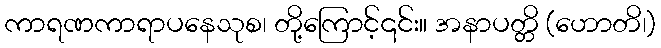
ကာရဏကာရာပနေသုစ၊ တို့ကြောင့်၎င်း။ အနာပတ္တိ (ဟောတိ၊)